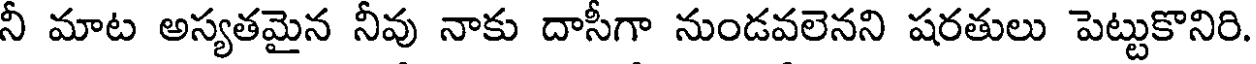
నీ మాట అస్యతమైన నీవు నాకు దాసీగా నుండవలెనని షరతులు పెట్టుకొనిరి